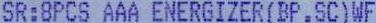
SR:8PCS AAA ENERGIZER(BP.SC)WF